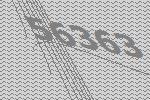
56363